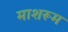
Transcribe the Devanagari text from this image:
माशरूम